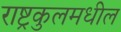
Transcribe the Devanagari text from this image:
राष्ट्रकुलमधील